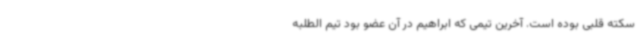
سکته قلبی بوده است. آخرین تیمی که ابراهیم در آن عضو بود تیم الطلبه